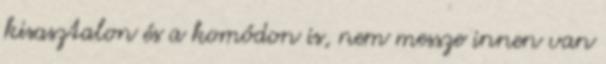
kisasztalon és a komódon is, nem messze innen van